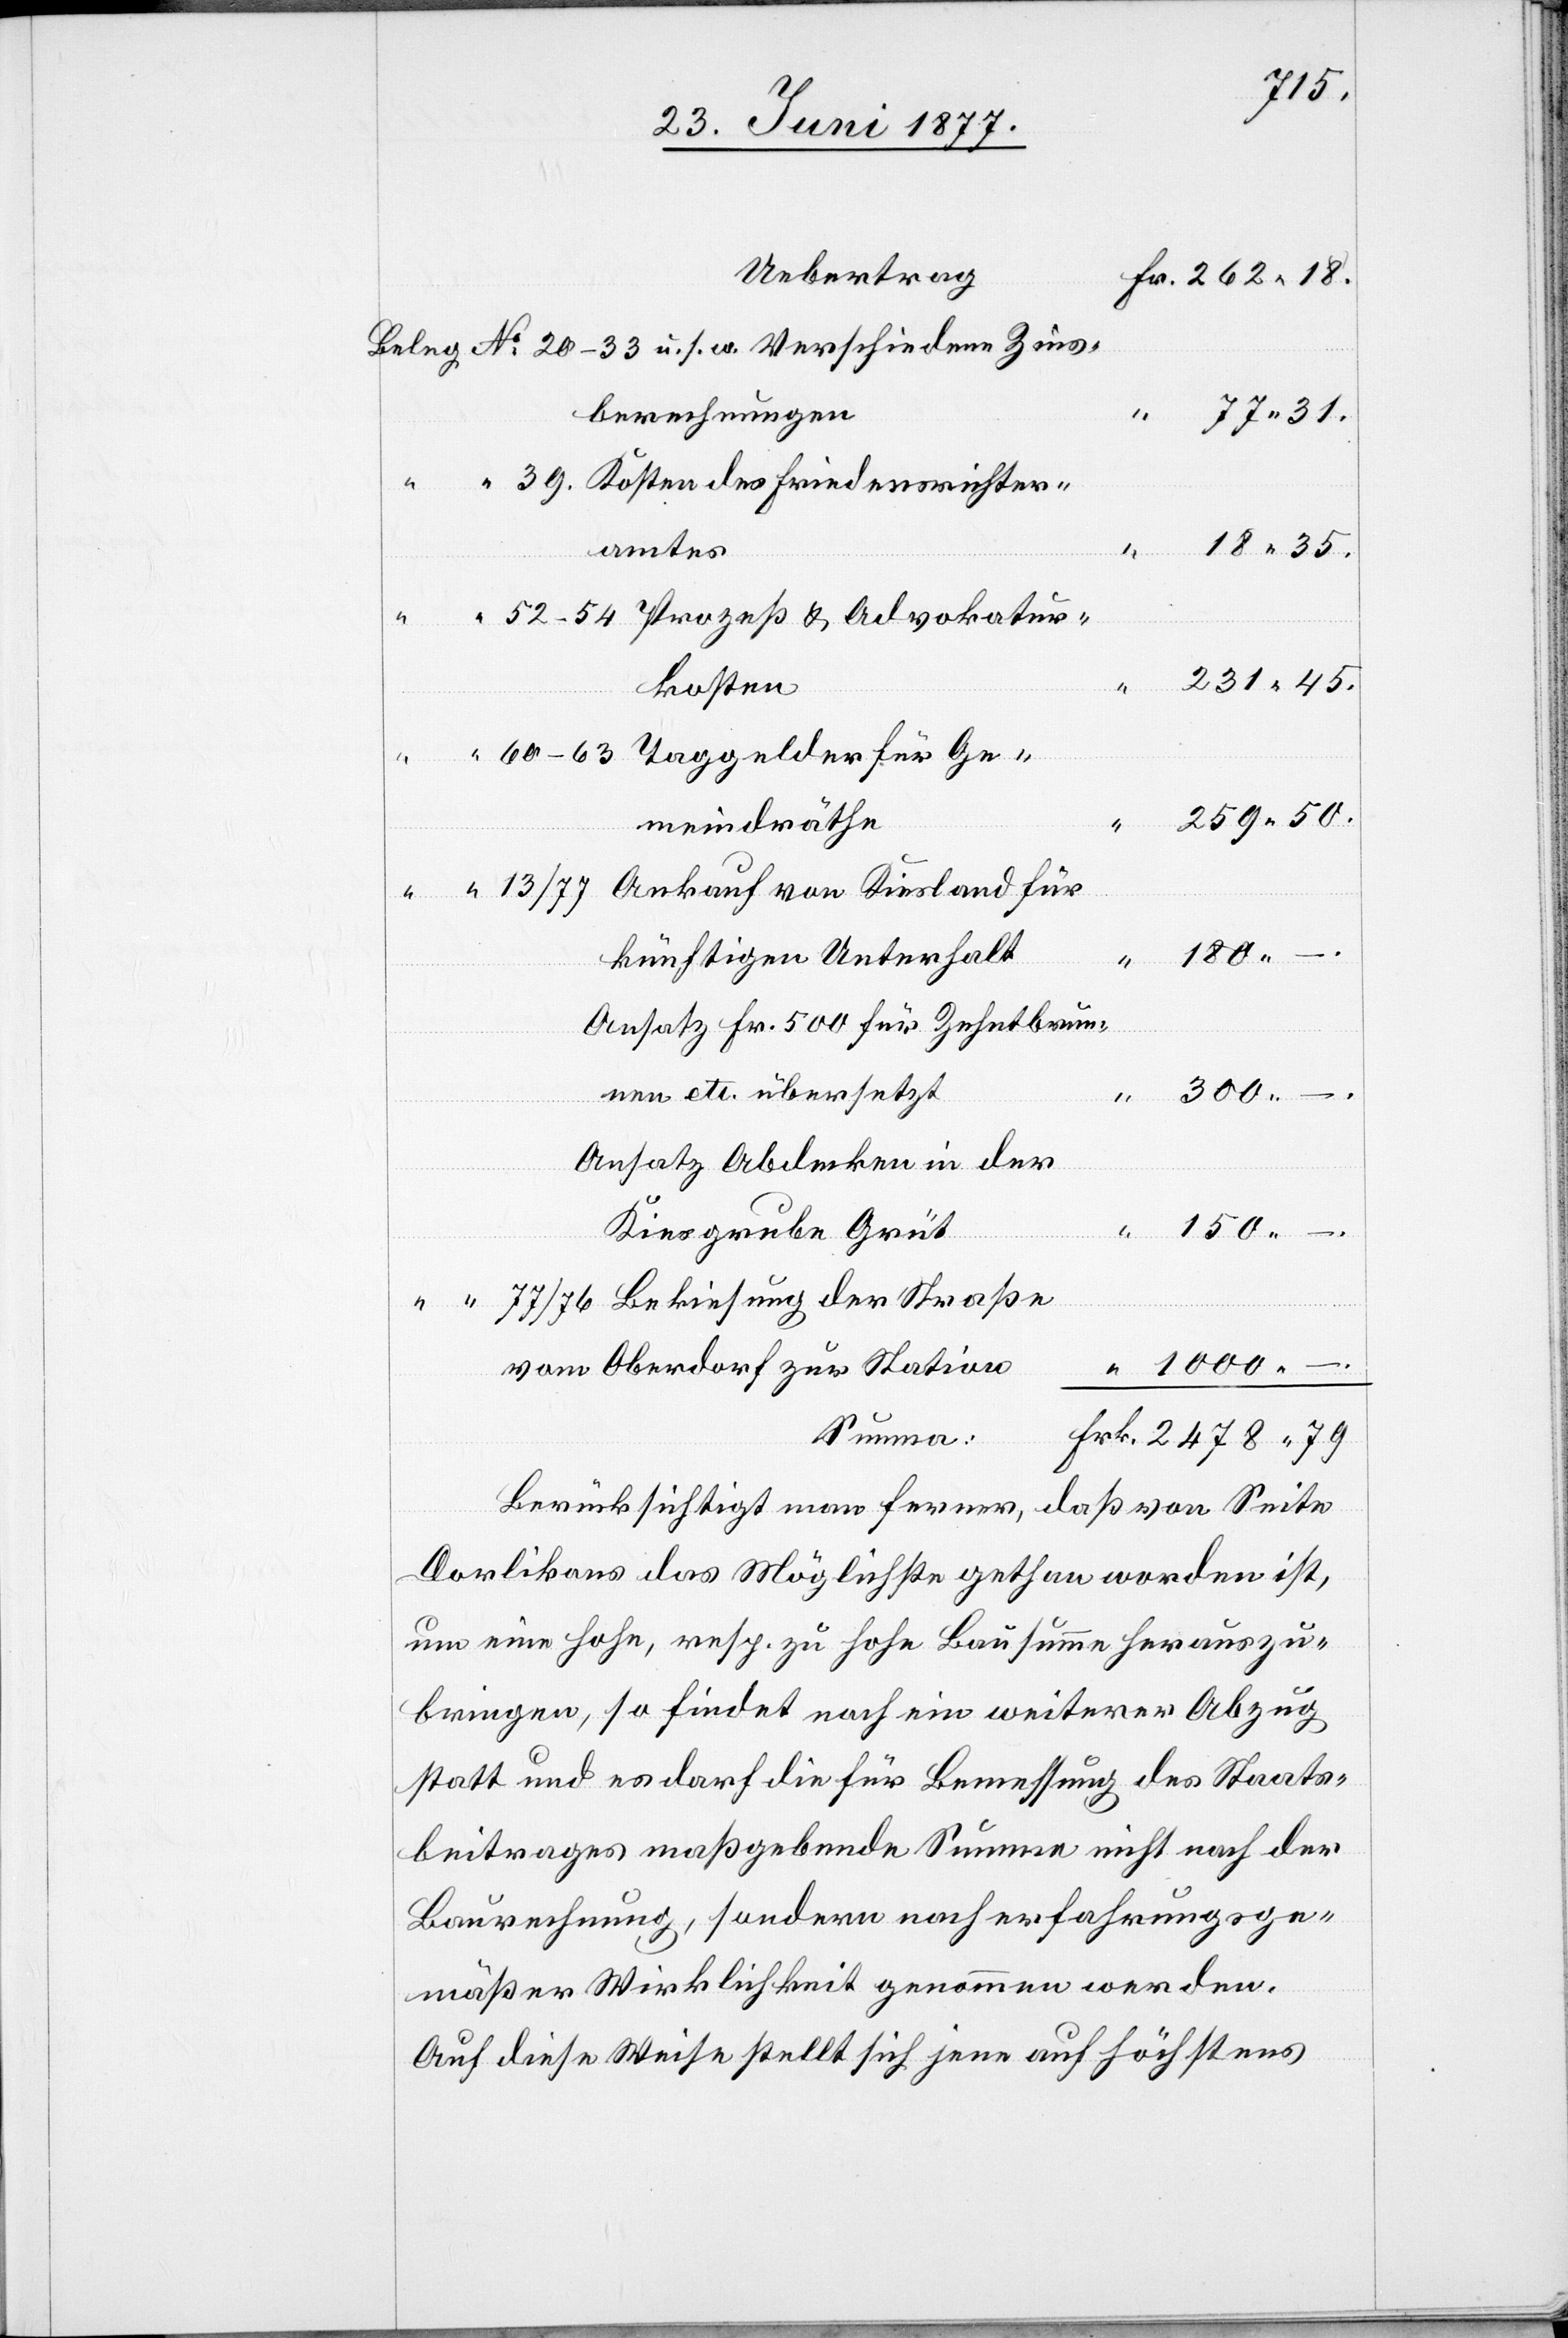
2478
Fr.
Uebertrag
berechnungen
amtes
kosten
meindräthe
künftigen Unterhalt
Ansatz Fr. 500 für Zehntbrun¬
nen etc. übersetzt
300
Bekiesung
Ansatz Abdecken in der
Kiesgrube Grüt
vom Oberdorf zur Station
Summa:
Berücksichtigt man ferner, daß von Seite
Dorlikons das Möglichste gethan worden ist,
um eine hohe, resp. zu hohe Bausumme herauszu¬
bringen, so findet noch ein weiterer Abzug
statt und es darf die für Bemessung des Staats¬
beitrages maßgebende Summe nicht nach der
Baurechnung, sondern nach erfahrungsge¬
mäßer Wirklichkeit genommen werden.
Auf diese Weise stellt sich jene auf höchstens